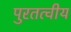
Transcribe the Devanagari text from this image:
पुरतत्वीय